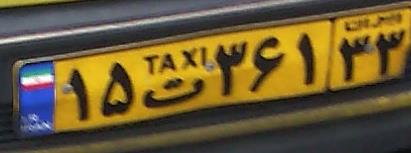
۱۵ت۳۶۱۳۳